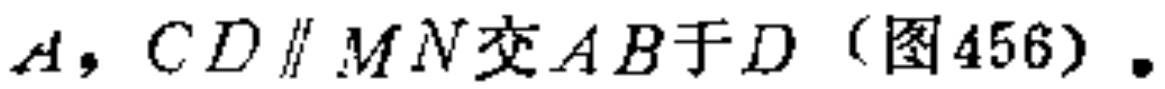
$A$，$CD\parallel MN$交$AB$于$D$（图456）.